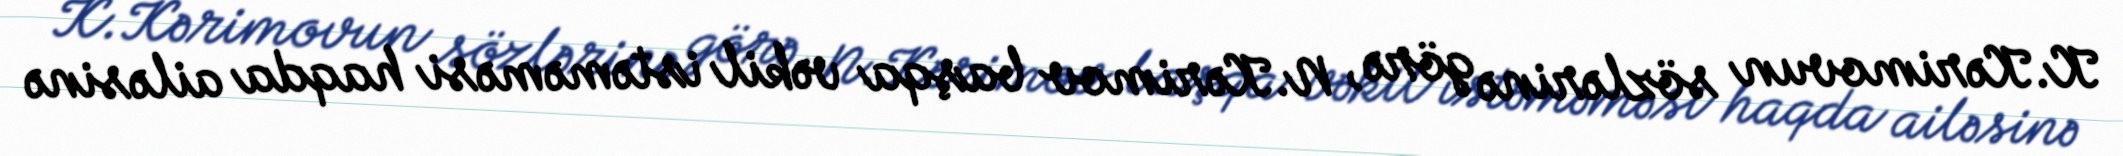
K.Kərimovun sözlərinə görə, N.Kərimov başqa vəkil istəməməsi haqda ailəsinə